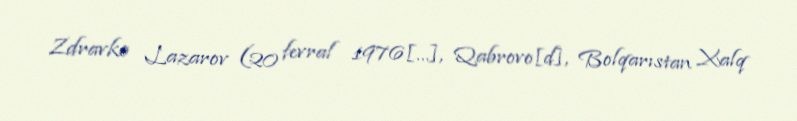
Zdravko Lazarov (20 fevral 1976[…], Qabrovo[d], Bolqarıstan Xalq